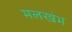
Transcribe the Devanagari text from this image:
मलखंभ